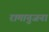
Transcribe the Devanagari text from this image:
रामानुजना